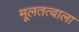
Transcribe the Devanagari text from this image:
मूलतत्वाला